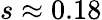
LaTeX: s\approx 0.18